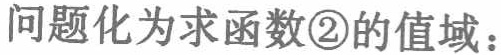
问题化为求函数\textcircled{2}的值域：